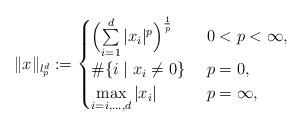
LaTeX: \begin{align*} \|x\|_{l_p^d}&:=\begin{cases}\Bigl(\sum\limits_{i=1}^d\vert x_i\vert^p\Bigr)^{\frac1p} & \ 0<p<\infty,\\ \#\{i\mid x_i\neq0\} & \ p=0,\\ \max\limits_{i=i,\ldots,d}\vert x_i\vert & \ p=\infty,\\ \end{cases}\end{align*}